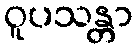
ဝူပသန္တာ